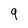
Character: 9